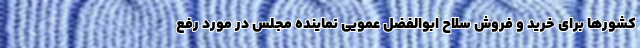
کشورها برای خرید و فروش سلاح ابوالفضل عمویی نماینده مجلس در مورد رفع